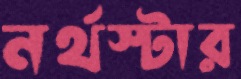
নর্থস্টার